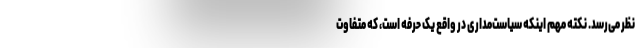
نظر می‌رسد. نکته مهم اینکه سیاست‌مداری در واقع یک حرفه است، که متفاوت